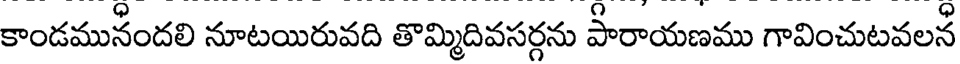
కాండమునందలి నూటయిరువది తొమ్మిదివసర్గను పారాయణము గావించుటవలన